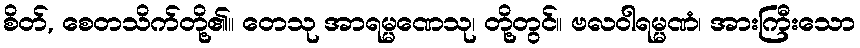
စိတ်, စေတသိက်တို့၏။ တေသု အာရမ္မဏေသု၊ တို့တွင်။ ဗလဝါရမ္မဏံ၊ အားကြီးသော